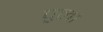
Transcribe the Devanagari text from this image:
पुलां